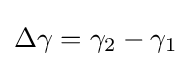
\Delta \gamma =\gamma _{2}-\gamma _{1}